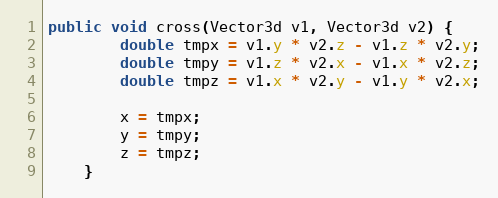
Language: Java
public void cross(Vector3d v1, Vector3d v2) {
        double tmpx = v1.y * v2.z - v1.z * v2.y;
        double tmpy = v1.z * v2.x - v1.x * v2.z;
        double tmpz = v1.x * v2.y - v1.y * v2.x;

        x = tmpx;
        y = tmpy;
        z = tmpz;
    }